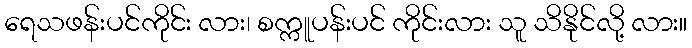
ရေသဖန်းပင်ကိုင်း လား၊ စက္ကူပန်းပင် ကိုင်းလား သူ သိနိုင်လို့ လား။